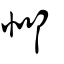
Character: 邶